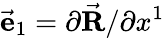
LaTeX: \vec{\mathbf e}_{1}=\partial\vec{\mathbf R}/\partial x^{1}